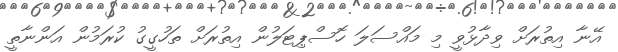
އޭނާ އިތުރަށް ވިދާޅުވީ މި މައްސަލަ ހޮސްޕިޓަލުން އިތުރަށް ތަހުގީގު ކުރަމުން އަންނާތީ